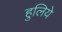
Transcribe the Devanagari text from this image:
हुलिये